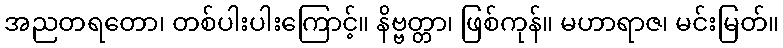
အညတရတော၊ တစ်ပါးပါးကြောင့်။ နိဗ္ဗတ္တာ၊ ဖြစ်ကုန်။ မဟာရာဇ၊ မင်းမြတ်။